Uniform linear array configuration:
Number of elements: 8
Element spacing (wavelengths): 0.5
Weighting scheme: binomial
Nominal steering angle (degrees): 60
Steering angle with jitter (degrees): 58.523
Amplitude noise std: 0.05
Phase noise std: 0.05

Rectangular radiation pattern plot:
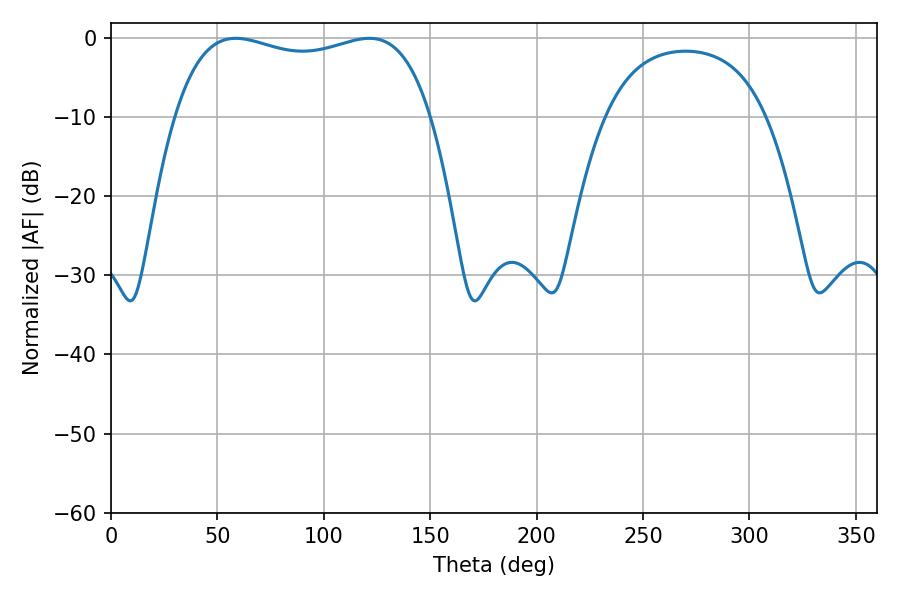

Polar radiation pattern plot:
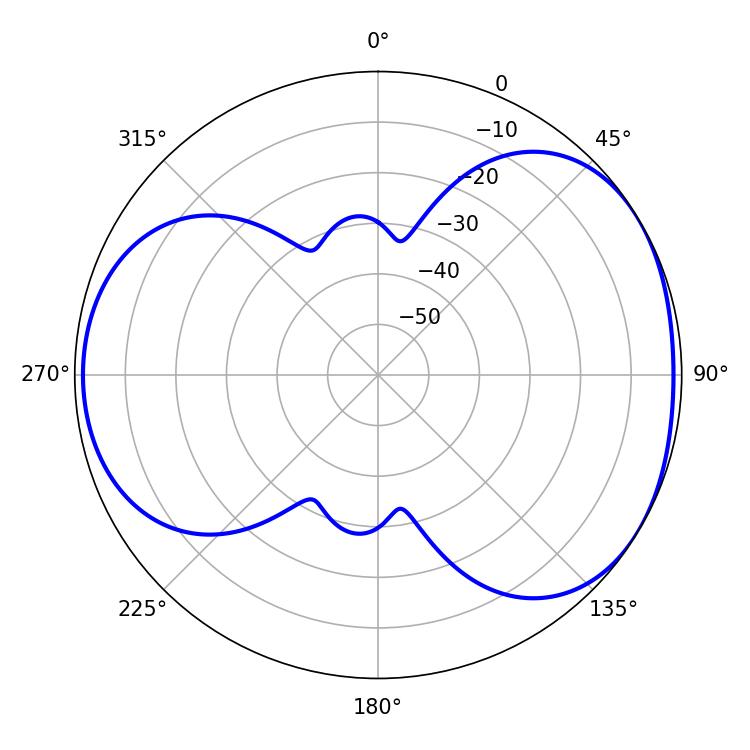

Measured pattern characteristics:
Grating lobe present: FALSE
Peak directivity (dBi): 4.371
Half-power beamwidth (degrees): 97.92
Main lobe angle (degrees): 58.68